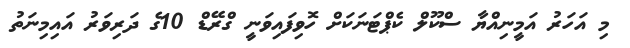
މި އަހަރު އަމީނިއްޔާ ސްކޫލް ކެޕްޓަނަކަށް ހޮވިފައިވަނީ ގްރޭޑް 10ގެ ދަރިވަރު އައިމިނަތު